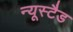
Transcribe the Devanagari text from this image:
न्यूस्टैड